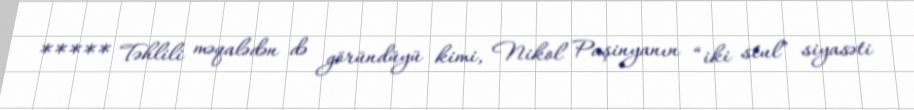
***** Təhlili məqalədən də göründüyü kimi, Nikol Paşinyanın “iki stul” siyasəti